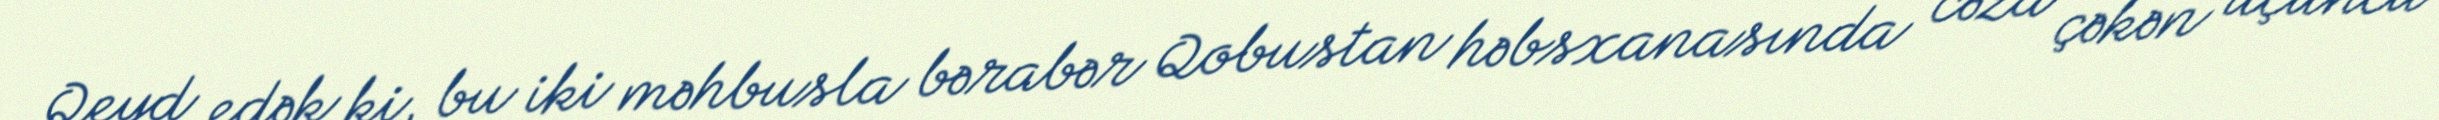
Qeyd edək ki, bu iki məhbusla bərabər Qobustan həbsxanasında cəza çəkən üçüncü